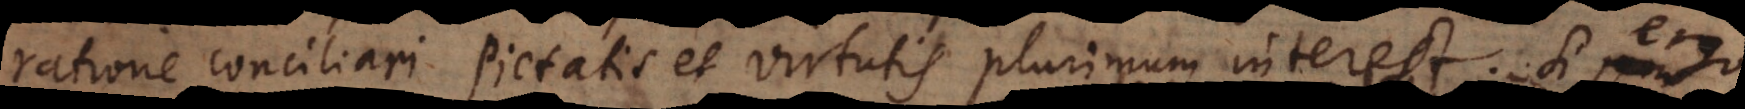
ratione conciliari pietatis et virtutis plurimum interest. Si